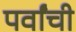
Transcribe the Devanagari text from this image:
पर्वांची